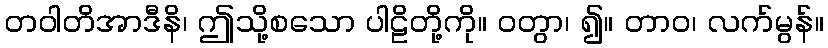
တဝါတိအာဒီနိ၊ ဤသို့စသော ပါဠိတို့ကို။ ဝတွာ၊ ၍။ တာဝ၊ လက်မွန်။